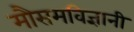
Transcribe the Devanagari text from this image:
मौसमविज्ञानी